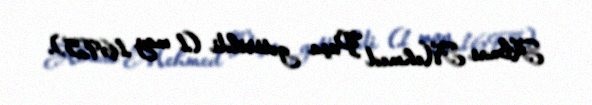
Almas Mehmed Paşa gətirildi (1 may 1695).